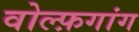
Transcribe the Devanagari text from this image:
वोल्फ़गांग